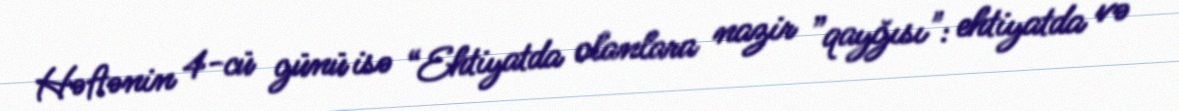
Həftənin 4-cü günü isə “Ehtiyatda olanlara nazir ”qayğısı": ehtiyatda və